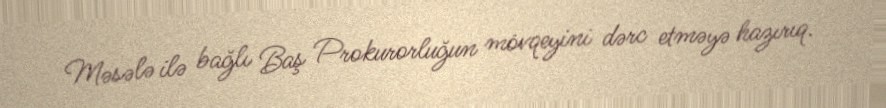
Məsələ ilə bağlı Baş Prokurorluğun mövqeyini dərc etməyə hazırıq.